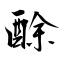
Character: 酴